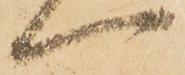
一